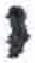
אות: י